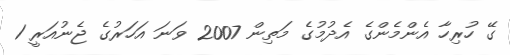
ގޭ ހުރިހާ އެންމެންގެ އެދުމުގެ މަތިން 2007 ވަނަ އަހަރުގެ ޖެނުއަރީ 1